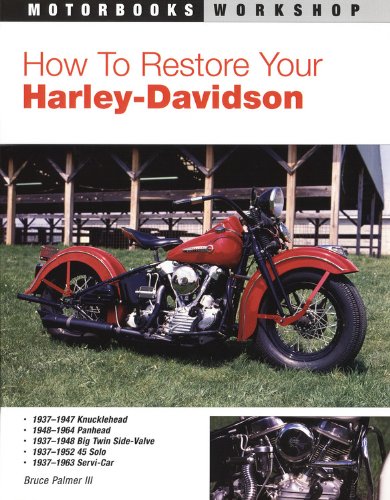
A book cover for How to Restore Your Harley-Davidson (Motorbooks Workshop); Bruce Palmer III; Engineering & Transportation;